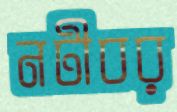
নটীবর